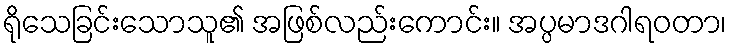
ရိုသေခြင်းသောသူ၏ အဖြစ်လည်းကောင်း။ အပ္ပမာဒဂါရဝတာ၊